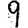
Digit: 9